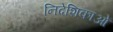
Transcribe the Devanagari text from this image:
निदेशिकाओं